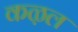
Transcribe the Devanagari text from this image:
कऴल